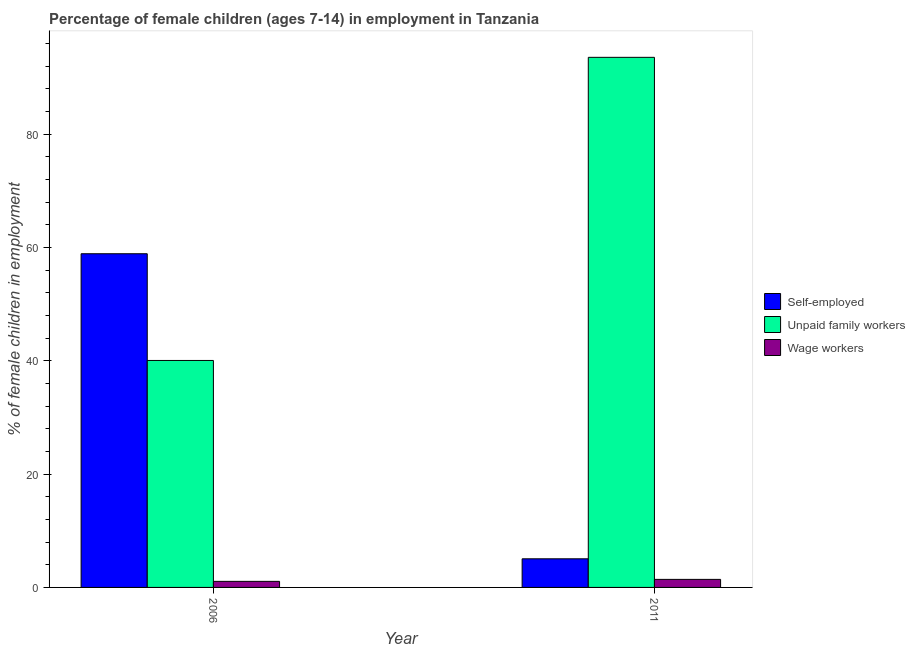
| Year | Self-employed | Unpaid family workers | Wage workers |
 | --- | --- | --- | --- |
 | 2006 | 58.9 | 40 | 1.07 |
 | 2011 | 5.05 | 93.5 | 1.42 |